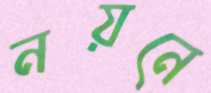
নয়নে